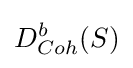
D_{Coh}^{b}(S)